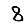
Digit: 8